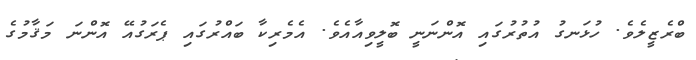
ބްރެޒީލެވެ. ހުޅަނގު އުތުރުގައި އޮންނަނީ ބޮލީވިއާއެވެ. އެމެރިކާ ބައްރުގައި ޕެރަގުއޭ އޮންނަ މަޤާމުގެ